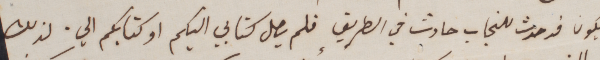
يكون قد حدث للنجاب حادث في الطريق فلم يصل كتابي اليكم او كتابكم الي. لذلك